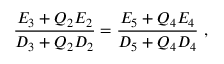
\frac { E _ { 3 } + Q _ { 2 } E _ { 2 } } { D _ { 3 } + Q _ { 2 } D _ { 2 } } = \frac { E _ { 5 } + Q _ { 4 } E _ { 4 } } { D _ { 5 } + Q _ { 4 } D _ { 4 } } \ ,